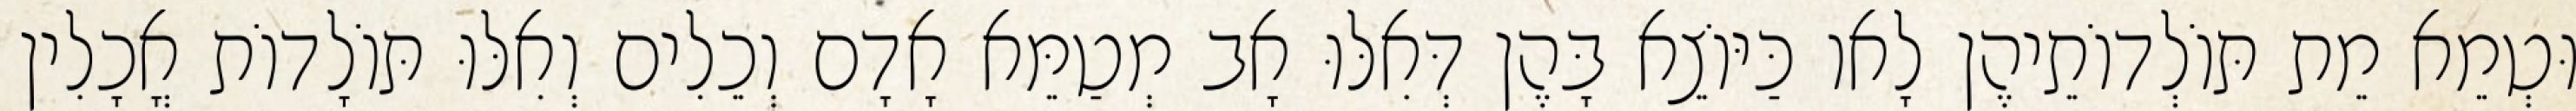
וּטְמֵא מֵת תּוֹלְדוֹתֵיהֶן לָאו כַּיּוֹצֵא בָּהֶן דְּאִלּוּ אָב מְטַמֵּא אָדָם וְכֵלִים וְאִלּוּ תּוֹלָדוֹת אֳכָלִין